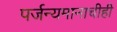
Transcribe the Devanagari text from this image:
पर्जन्यमानाचीही